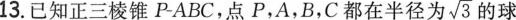
13.已知正三棱锥P-ABC，点P，A，B，C都在半径为 $$\sqrt{3}$$ 的球